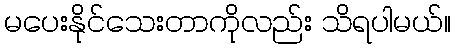
မပေးနိုင်သေးတာကိုလည်း သိရပါမယ်။